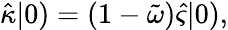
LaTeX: \hat{\kappa}|0)=(1-\tilde{\omega})\hat{\varsigma}|0),